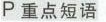
P重点短语